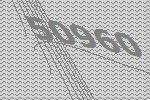
50960